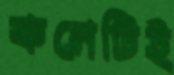
কনেটিই